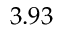
3 . 9 3